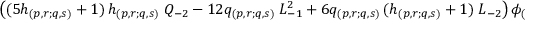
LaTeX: \left( ( 5 h _ { ( p , r ; q , s ) } + 1 ) \, h _ { ( p , r ; q , s ) } \; Q _ { - 2 } - 1 2 q _ { ( p , r ; q , s ) } \; L _ { - 1 } ^ { 2 } + 6 q _ { ( p , r ; q , s ) } \, ( h _ { ( p , r ; q , s ) } + 1 ) \; L _ { - 2 } \right) \phi _ { ( p , r ; q , s ) } .